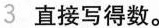
3 直接写得数。